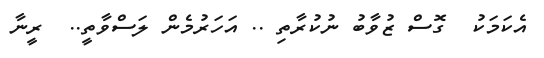
އެކަމަކު  ގޮސް ޒުވާބު ނުކުރާތި .. އަހަރުމެން ލަސްވާތީ..  ރީނާ